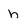
Character: n